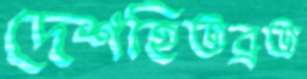
দেশহিতব্রত